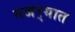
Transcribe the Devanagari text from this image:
गजर्‍यात